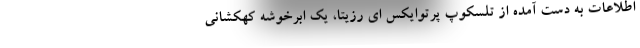
اطلاعات به دست آمده از تلسکوپ پرتوایکس ای رزیتا، یک ابرخوشه کهکشانی